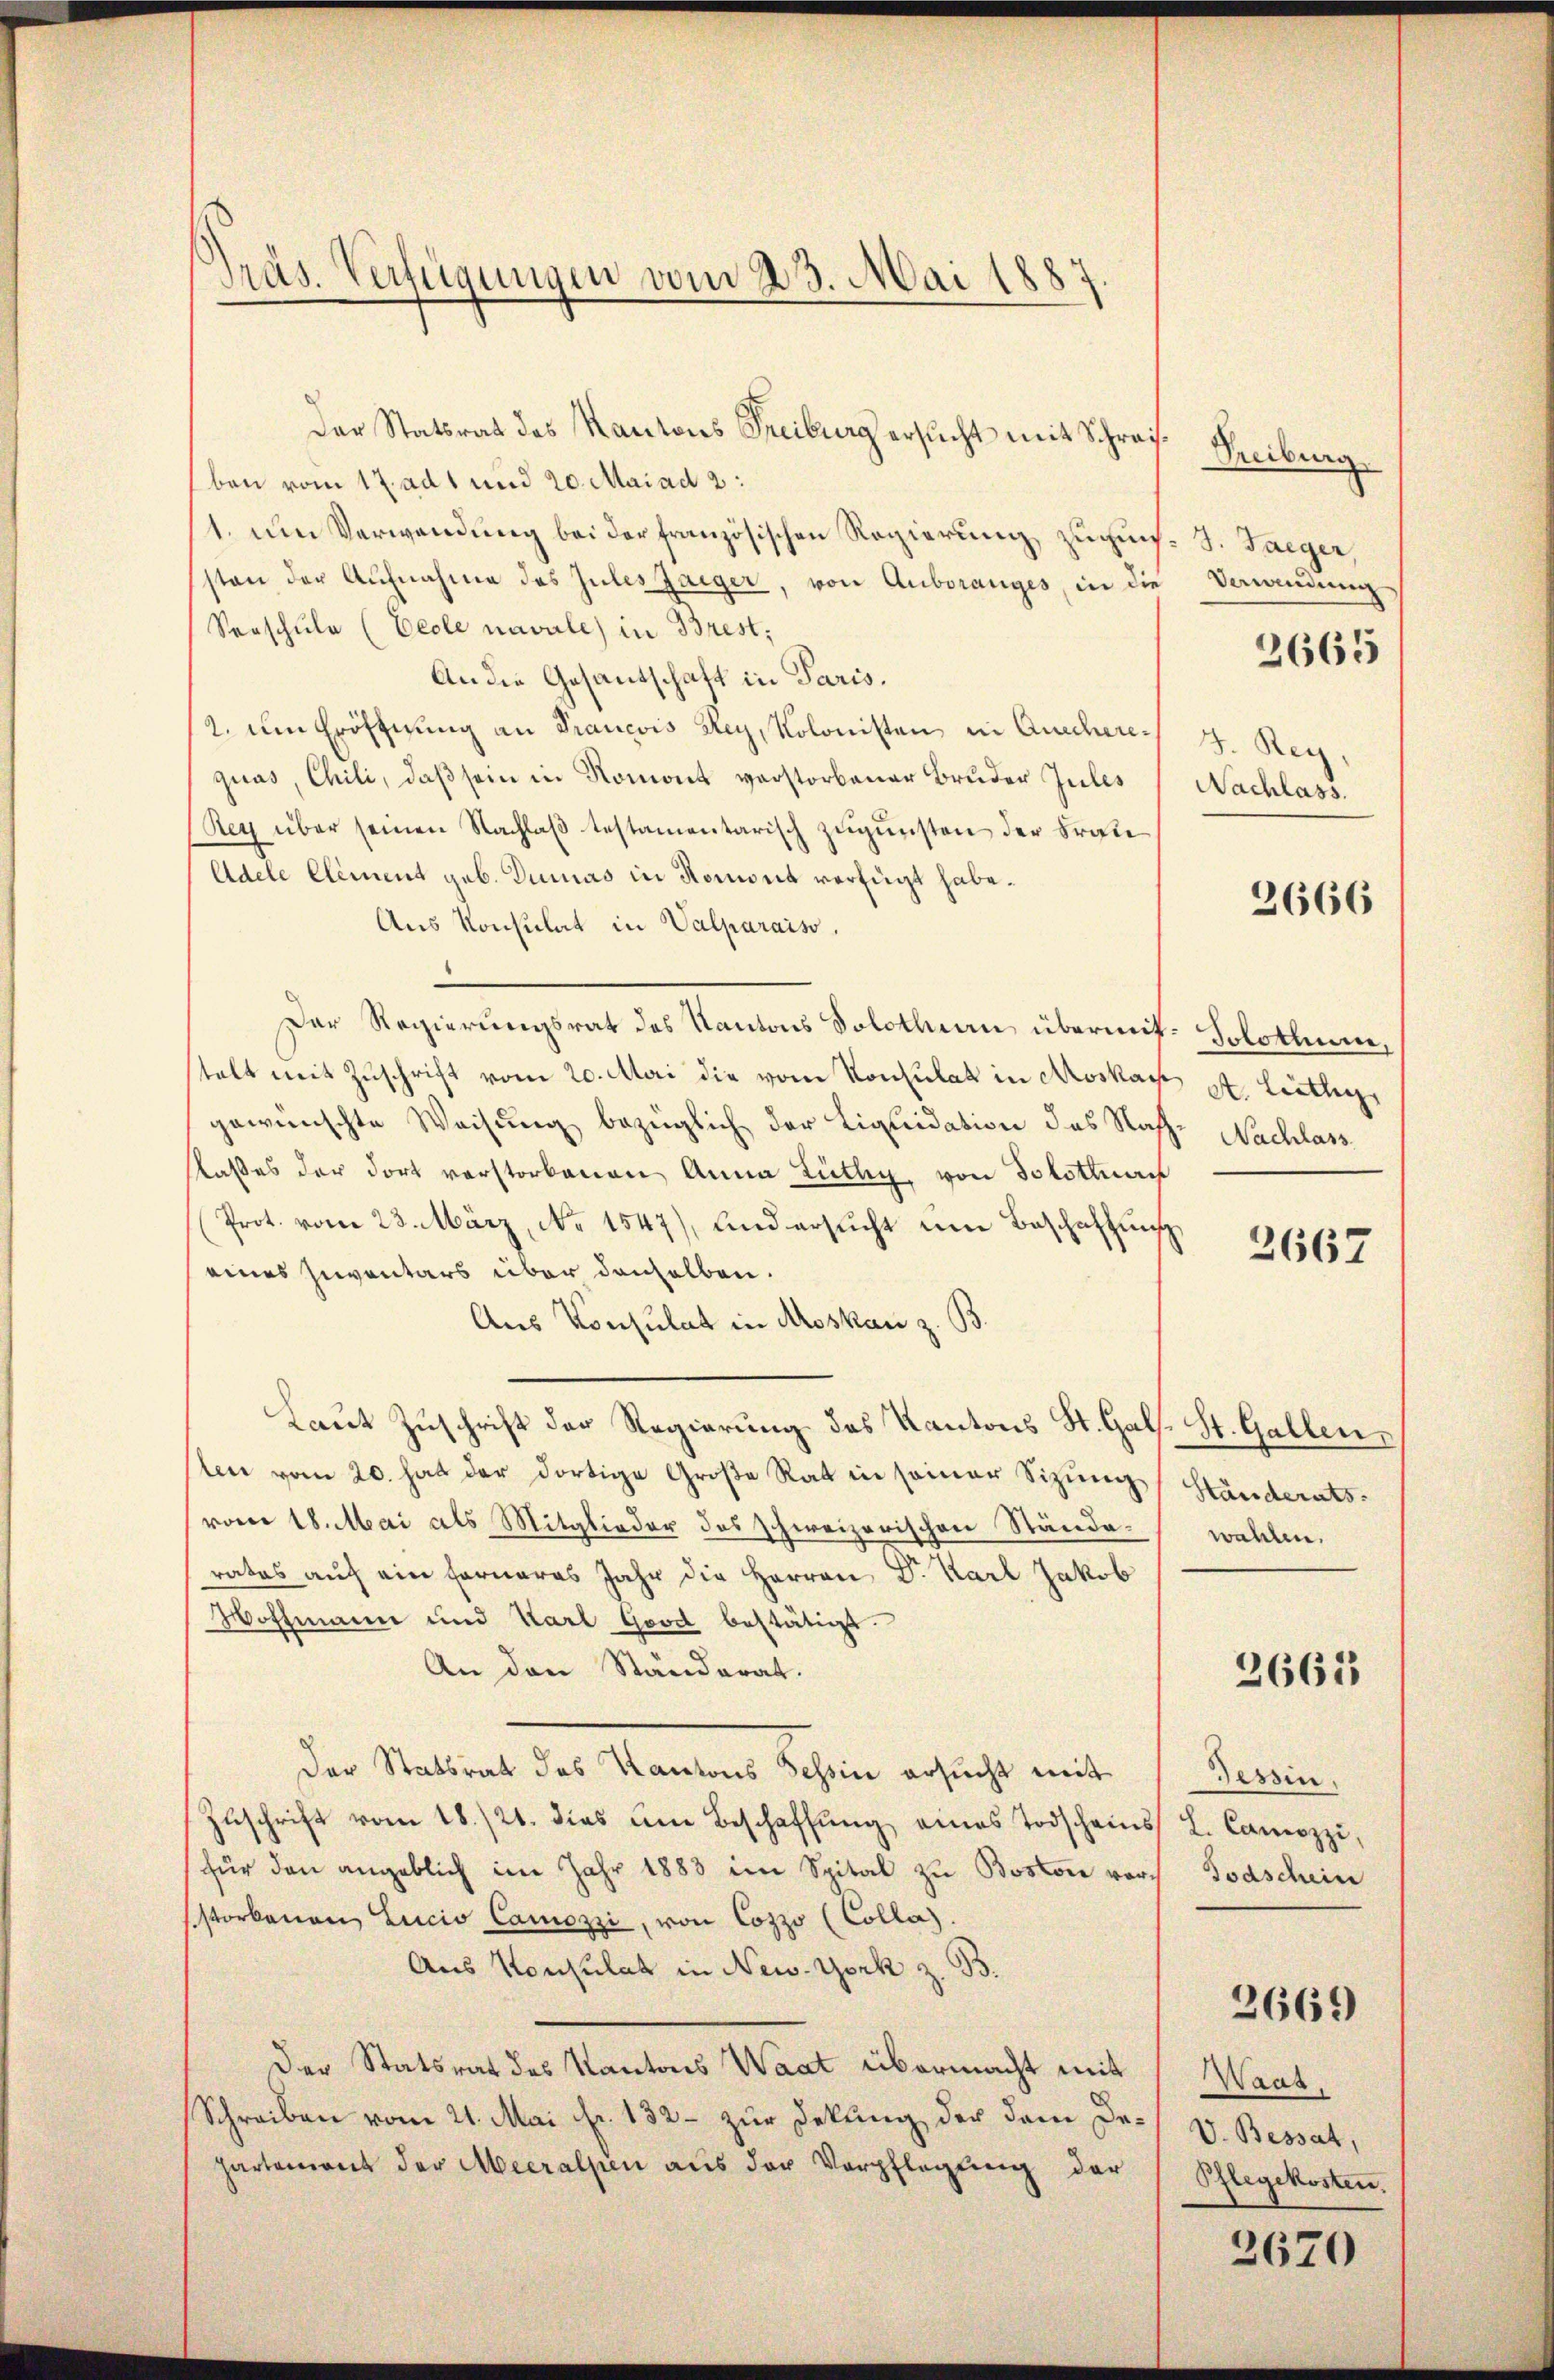
Präs. Verfügungen vom 23. Mai 1887

Der Statsrat des Kantons Freiburg ersucht mit Schreisben vom 17. ad 1 und 20. Mai ad 2:
1. um Verwendung bei der französischen Regierung zuguns. S. Taeger,
sten der Aufnahme des Zules zaiger, von Auboranges, in die
Verschule (Ecole navule) in Brest;
An die Gesandschaft in Paris.
2. um Eröffnung an Francois Rey, Kolonisten in Anscheres J. Reyquas, Chili, daβ sein in Romont verstorbener Bruder Jules Nachlass.
Rey über seinen Nachlaß testamentarisch zugunsten der Frate
Adele Element geb. Dumas in Romont verfügt habe.
Aus Konsulat in Valparaiso
Der Regierungsrat des Kantons Solothurn übermit Solothum,
stalt mit Zuschrift vom 20. Mai die vom Konsulat in Aroskau
gewünschte Weisung bezüglich der Liquidation des Nachlaßes der dort verstorbenen Anna Lüthig, von Solottuar
Prot. vom 23. März, No 1547), und ersŭcht um Beschaffung
eines Inventars über denselben.
Aus Konsulat in Moskau z. B.
Laut Zuschrift der Regierung des Kantons St. Gals. St. Gallen,
len vom 20. hat der dortige Große Rat in seiner Sitzungs Händeratsvom 18. Mai als Mitglieder des schweizerischen Ständerates auf ein ferneres Jahr die Herren Dr. Karl Jakob
Hoffmann und Karl Good bestätigt.
An den Ständerat.
Der Statsrat des Kantons Tessin ersucht mit Tessin,
Zŭschrift vom 18./21. dies um Beschaffŭng eines Todscheins L. Camozzi,
für den angeblich im Jahr 1883 im Spital zu Boston vor Todschein
storbenen Lucio Camozzi, von Cozzo (Colla).
Aus Konsulat in New-York z. B.
Der Statsrat des Kantons Waat übermacht mit Waat,
Schreiben vom 21. Mai fr. 132 - zur Dekung der dem De-V. Bessat,
partement der Aecralpen aus der Verpflegŭng der Pflegekosten.

Treiburg
Verandung
2665

2666

A. Lüthy
Nachlass

2667

wahlen.

2665

2669

2670